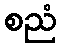
စညံ